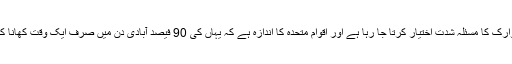
ملک میں خوارک کا مسئلہ شدت اختیار کرتا جا رہا ہے اور اقوام متحدہ کا اندازہ ہے کہ یہاں کی 90 فیصد آبادی دن میں صرف ایک وقت کھانا کھا رہی ہے ۔